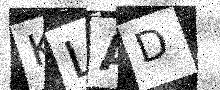
Text: KLAD